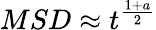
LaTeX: MSD\approx t^{\frac{1+a}{2}}